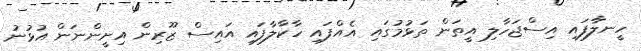
ހީނލާފައި އިސްޖަހާލި އީތަން ތަޅުމުގައި އެއްފައި ހާކާލާފައި އައިސް ޒޫރިން އިށީންނަން އުޅުނު